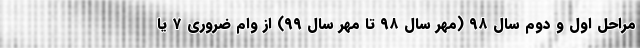
مراحل اول و دوم سال ۹۸ (مهر سال ۹۸ تا مهر سال ۹۹) از وام ضروری ۷ یا